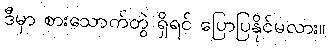
ဒီမှာ စားသောက်တွဲ ရှိရင် ပြောပြနိုင်မလား။